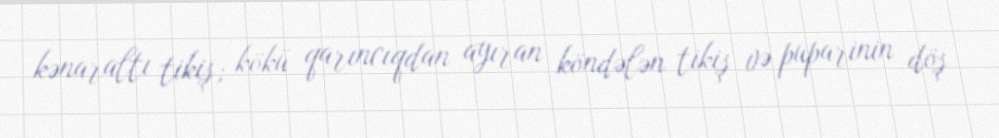
kənaraltı tikiş; kökü qarıncıqdan ayıran köndələn tikiş və puparinin döş